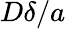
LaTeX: D\delta/a